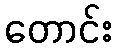
တောင်း